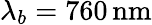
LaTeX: \lambda_{b}=760\, \mathrm{nm}